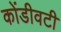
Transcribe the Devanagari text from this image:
कोंडीवटी